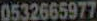
0532665977